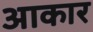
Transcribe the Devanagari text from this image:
अाकार